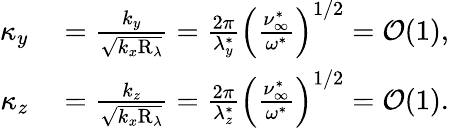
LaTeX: \begin{array}{rl}{\kappa_{y}}&{{}=\frac{k_{y}}{\sqrt{k_{x}\mathrm{R}_{\lambda}}}=\frac{2\pi}{\lambda_{y}^{\ast}}\left(\frac{\nu_{\infty}^{\ast}}{\omega^{\ast}}\right)^{1/2}=\mathcal{O}(1),}\\ {\kappa_{z}}&{{}=\frac{k_{z}}{\sqrt{k_{x}\mathrm{R}_{\lambda}}}=\frac{2\pi}{\lambda_{z}^{\ast}}\left(\frac{\nu_{\infty}^{\ast}}{\omega^{\ast}}\right)^{1/2}=\mathcal{O}(1).}\end{array}